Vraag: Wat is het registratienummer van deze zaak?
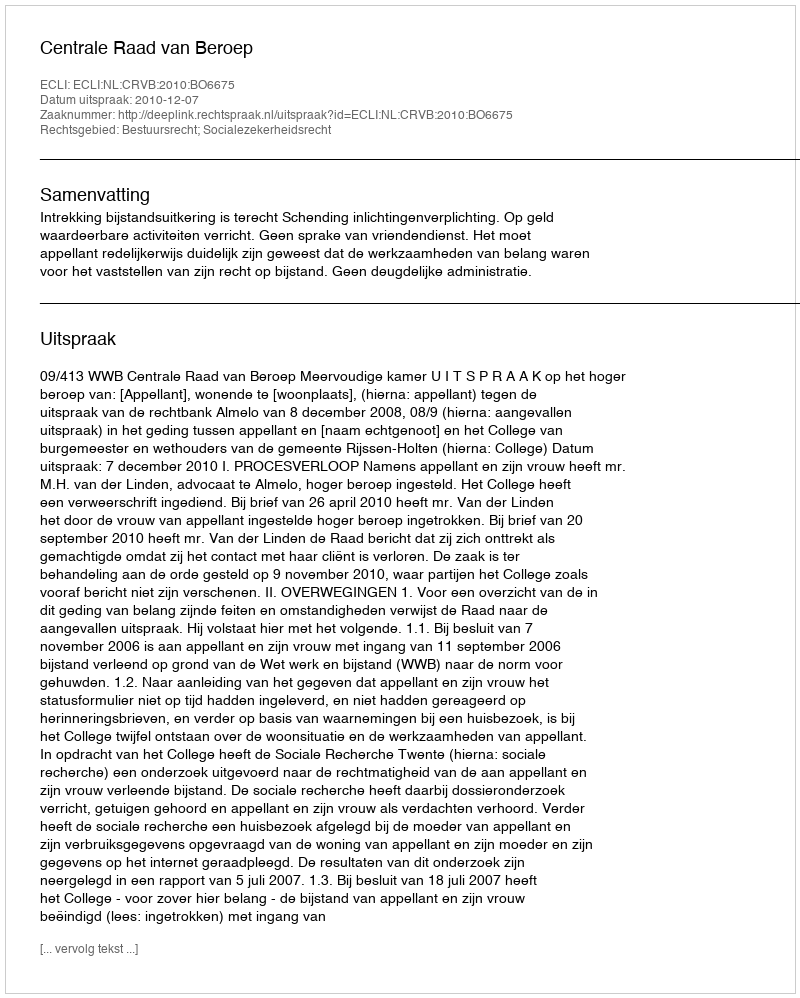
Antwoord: http://deeplink.rechtspraak.nl/uitspraak?id=ECLI:NL:CRVB:2010:BO6675